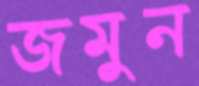
জমুন